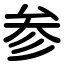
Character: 参